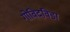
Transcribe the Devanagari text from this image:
गोविदविडा